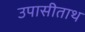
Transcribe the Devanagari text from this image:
उपासीताथ